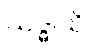
သဒ္ဓါသိ